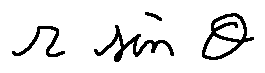
r \sin \theta